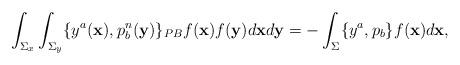
LaTeX: \begin{align*}\int_{\Sigma_x}\int_{\Sigma_y}\{y^a({\bf x}), p^n_b ({\bf y})\}_{PB}f({\bf x})f({\bf y}) d{\bf x}d{\bf y} = -\int_{\Sigma}\{y^a,p_b\} f({\bf x})d{\bf x},\end{align*}